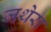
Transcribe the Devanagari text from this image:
जथेरा